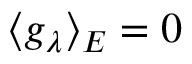
\langle g _ { \lambda } \rangle _ { E } = 0